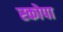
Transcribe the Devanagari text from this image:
स्कोपा